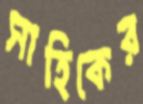
সাহিকের